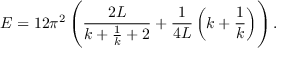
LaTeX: E = 1 2 \pi ^ { 2 } \left( \frac { 2 L } { k + \frac { 1 } { k } + 2 } + \frac { 1 } { 4 L } \left( k + \frac { 1 } { k } \right) \right) .